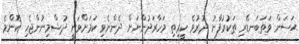
ޙަސަން ވަތަބަނޑޭރި ތަކުރުފާނު ދުރުވެ ކީރިތި މަހާރަދުންނަށް ދެންނެވި ކަމަށްވަނީ ދުޝްމިނުންޖެހި ކޮންމެ